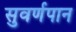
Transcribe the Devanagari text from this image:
सुवर्णपान